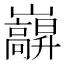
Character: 巐